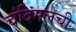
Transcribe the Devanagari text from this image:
चंदिमलची